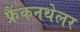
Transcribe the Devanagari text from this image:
फ्रैंकनथेलर